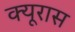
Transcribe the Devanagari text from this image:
क्यूरास